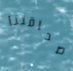
صداقتنا